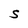
Character: S